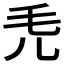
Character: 𣬜